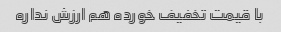
با قیمت تخفیف خورده هم ارزش نداره